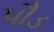
પૌડ